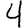
Digit: 4